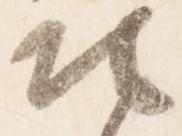
地